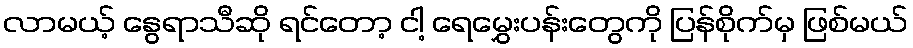
လာမယ့် နွေရာသီဆို ရင်တော့ ငါ့ ရေမွှေးပန်းတွေကို ပြန်စိုက်မှ ဖြစ်မယ်